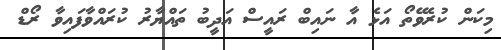
މިކަން ކުރެވޭތޯ އަޅެ އާ ނައިބް ރައީސް އަދީބު ތައްޔާރު ކުރައްވާފައިވާ ރޯޑް